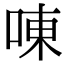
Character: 㖦